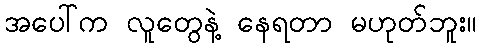
အပေါ်က လူတွေနဲ့ နေရတာ မဟုတ်ဘူး။